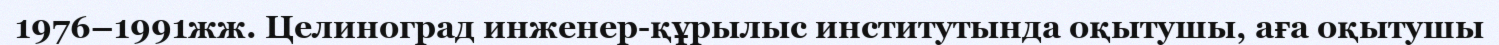
1976–1991жж. Целиноград инженер-құрылыс институтында оқытушы, аға оқытушы